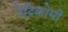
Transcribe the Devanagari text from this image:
रेदिकोमी